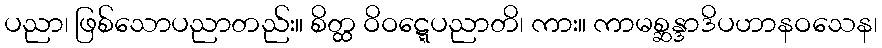
ပညာ၊ ဖြစ်သောပညာတည်း။ စိတ္ထ ဝိဝဋ္ဋေပညာတိ၊ ကား။ ကာမစ္ဆန္ဒာဒိပဟာနဝသေန၊